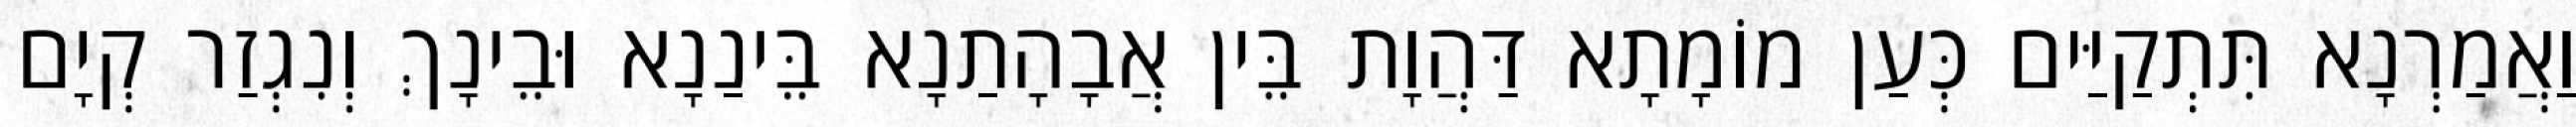
וַאֲמַרְנָא תִּתְקַיַּים כְּעַן מוֹמָתָא דַּהֲוָת בֵּין אֲבָהָתַנָא בֵּינַנָא וּבֵינָךְ וְנִגְזַר קְיָם